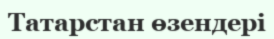
Татарстан өзендері